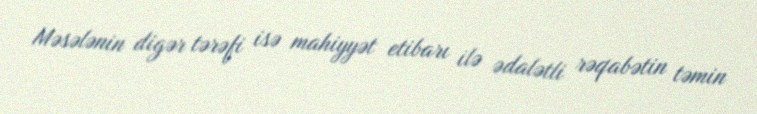
Məsələnin digər tərəfi isə mahiyyət etibarı ilə ədalətli rəqabətin təmin